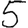
Digit: 5